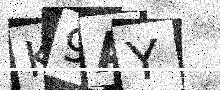
Text: K9AY